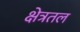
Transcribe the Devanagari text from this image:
क्षेत्रतल